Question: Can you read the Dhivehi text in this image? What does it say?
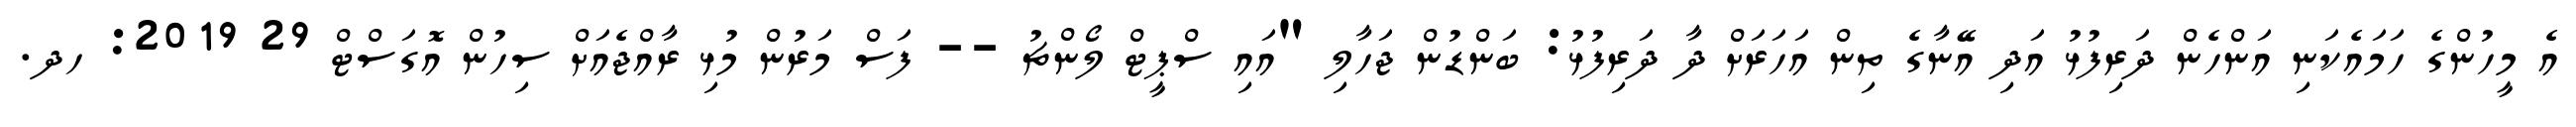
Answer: އެ މީހުންގެ ހަމައެކަނި އަންހެން ދަރިފުޅު އަދި އޭނާގެ ތިން އަހަރަށް ދާ ދަރިފުޅު: ބަންޑުން ޖަހާލި "އައި ސްޕީޓް ލޯންޗު -- ފަސް މަރުން މުޅި ރާއްޖެއަށް ސިހުން އޮގަސްޓް 29 2019: ހދ.